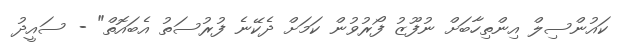
ކައުންސިލް އިންތިހާބަށް ނުފޫޒު ފޯރުވުން ކަމަށް ދެކޭނެ ފުރުސަތު އެބައޮތް" - ސައީދު